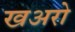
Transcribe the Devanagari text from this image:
खअरो